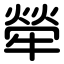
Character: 犖